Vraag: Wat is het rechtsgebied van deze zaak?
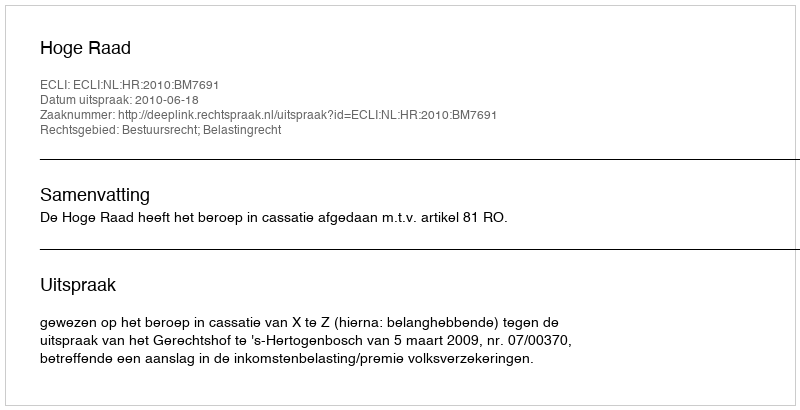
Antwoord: Bestuursrecht; Belastingrecht